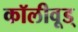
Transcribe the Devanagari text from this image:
कॉलीवूड्